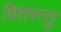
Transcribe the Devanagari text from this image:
वितरन्तु